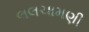
લલચામણી